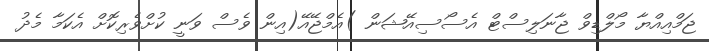
ޖަމްއިއްޔާ މޯލްޑިވް ޖާނަލިސްޓް އެސޯސިއޭޝަން )އެމްޖޭއޭ(އިން ވެސް ވަނީ ކުށްވެރިކޮށް އެކަމާ މެދު